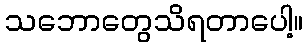
သဘောတွေသိရတာပေါ့။